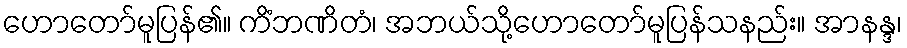
ဟောတော်မူပြန်၏။ ကိံဘဏိတံ၊ အဘယ်သို့ဟောတော်မူပြန်သနည်း။ အာနန္ဒ၊